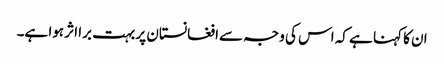
ان کا کہنا ہے کہ اس کی وجہ سےافغانستان پر بہت برا اثر ہوا ہے۔